system: You are a helpful assistant.
user:
Analyze the provided spectrum to determine if it is a **"Cataclysmic Variables (CV)"**.

- **Key Indicators for CV (Check for either state):**
    - **State 1: Quiescent / Low-State (Emission-Dominated)**
        - **(Primary):** Strong and *very broad* Hydrogen Balmer emission lines (e.g., $H\alpha$ at 6563 Å, $H\beta$ at 4861 Å). The 'broadness' (high velocity dispersion, often FWHM > 1000 km/s) is the key diagnostic, indicating a high-velocity accretion disk.
        - **(Secondary):** Broad neutral Helium (He I) emission lines (e.g., 5876 Å, 6678 Å).
        - **(Key Confirmation):** Presence of high-excitation *ionized* Helium (He II) emission at 4686 Å. This is a strong indicator of accretion onto a white dwarf.
        - **(Line Profile):** Emission lines may exhibit a 'double-peaked' profile, which is a classic signature of a rotating accretion disk viewed at high inclination.

    - **State 2: Outburst / High-State (Absorption-Dominated)**
        - **(Primary):** Spectrum is dominated by a bright, blue continuum (looks like a hot star).
        - **(Secondary):** The emission lines from State 1 are weak, absent, or 'filled in', and are replaced by broad, shallow *absorption* lines (primarily Balmer and He I).
        - **(Morphology):** The overall spectrum mimics a hot B/A-type star. The crucial difference is that the absorption lines are significantly broader, shallower, and more 'washed-out' (or 'smeared') than the sharp lines of a normal stellar photosphere, due to high rotational speeds and pressure broadening in the disk.

Think first, call **spectral_visualization_tool** if needed to examine features in detail, then provide your final answer. Your response must adhere to the following strict rules:
1.  **Overall Structure:** Your response must follow the format `<think>...</think> <tool_call>...</tool_call> (if a tool is used) <answer>...</answer>`.
2.  **Tool Usage Constraint:** You may only make **one** tool call per turn.
3.  **Final Answer Format:** In the `<answer>` tag, your conclusion must be inside a `\boxed{}` command (e.g., `\boxed{YES}`), followed by your justification.

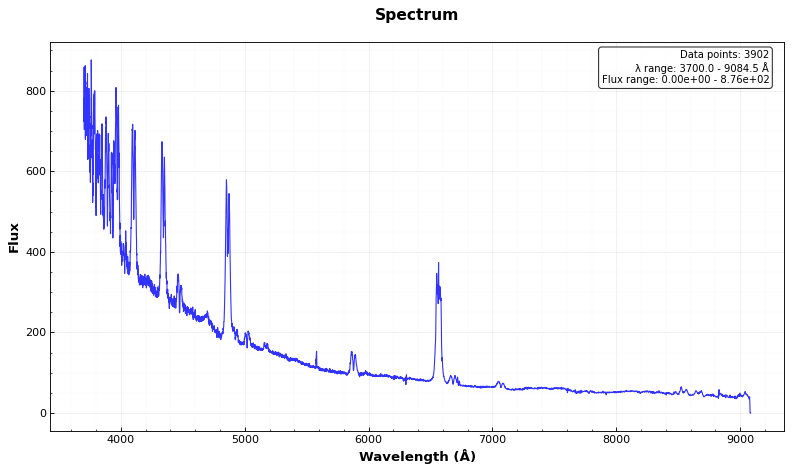
Answer: YES